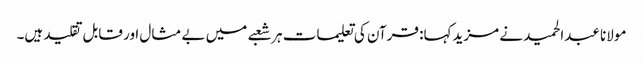
مولانا عبدالحمید نے مزیدکہا: قرآن کی تعلیمات ہر شعبے میں بے مثال اور قابل تقلید ہیں۔